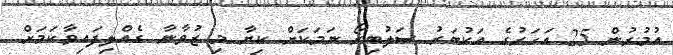
އުމުރުން 25 އަހަރުގެ އަކުބަރު ސަލުބިރޯ ނަމަކަށް ކިޔާ މި ޒުވާނާ ގެއްލިފައިވާކަމަށް